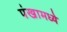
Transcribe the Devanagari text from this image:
पंखामध्ये